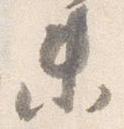
末